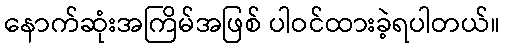
နောက်ဆုံးအကြိမ်အဖြစ် ပါဝင်ထားခဲ့ရပါတယ်။